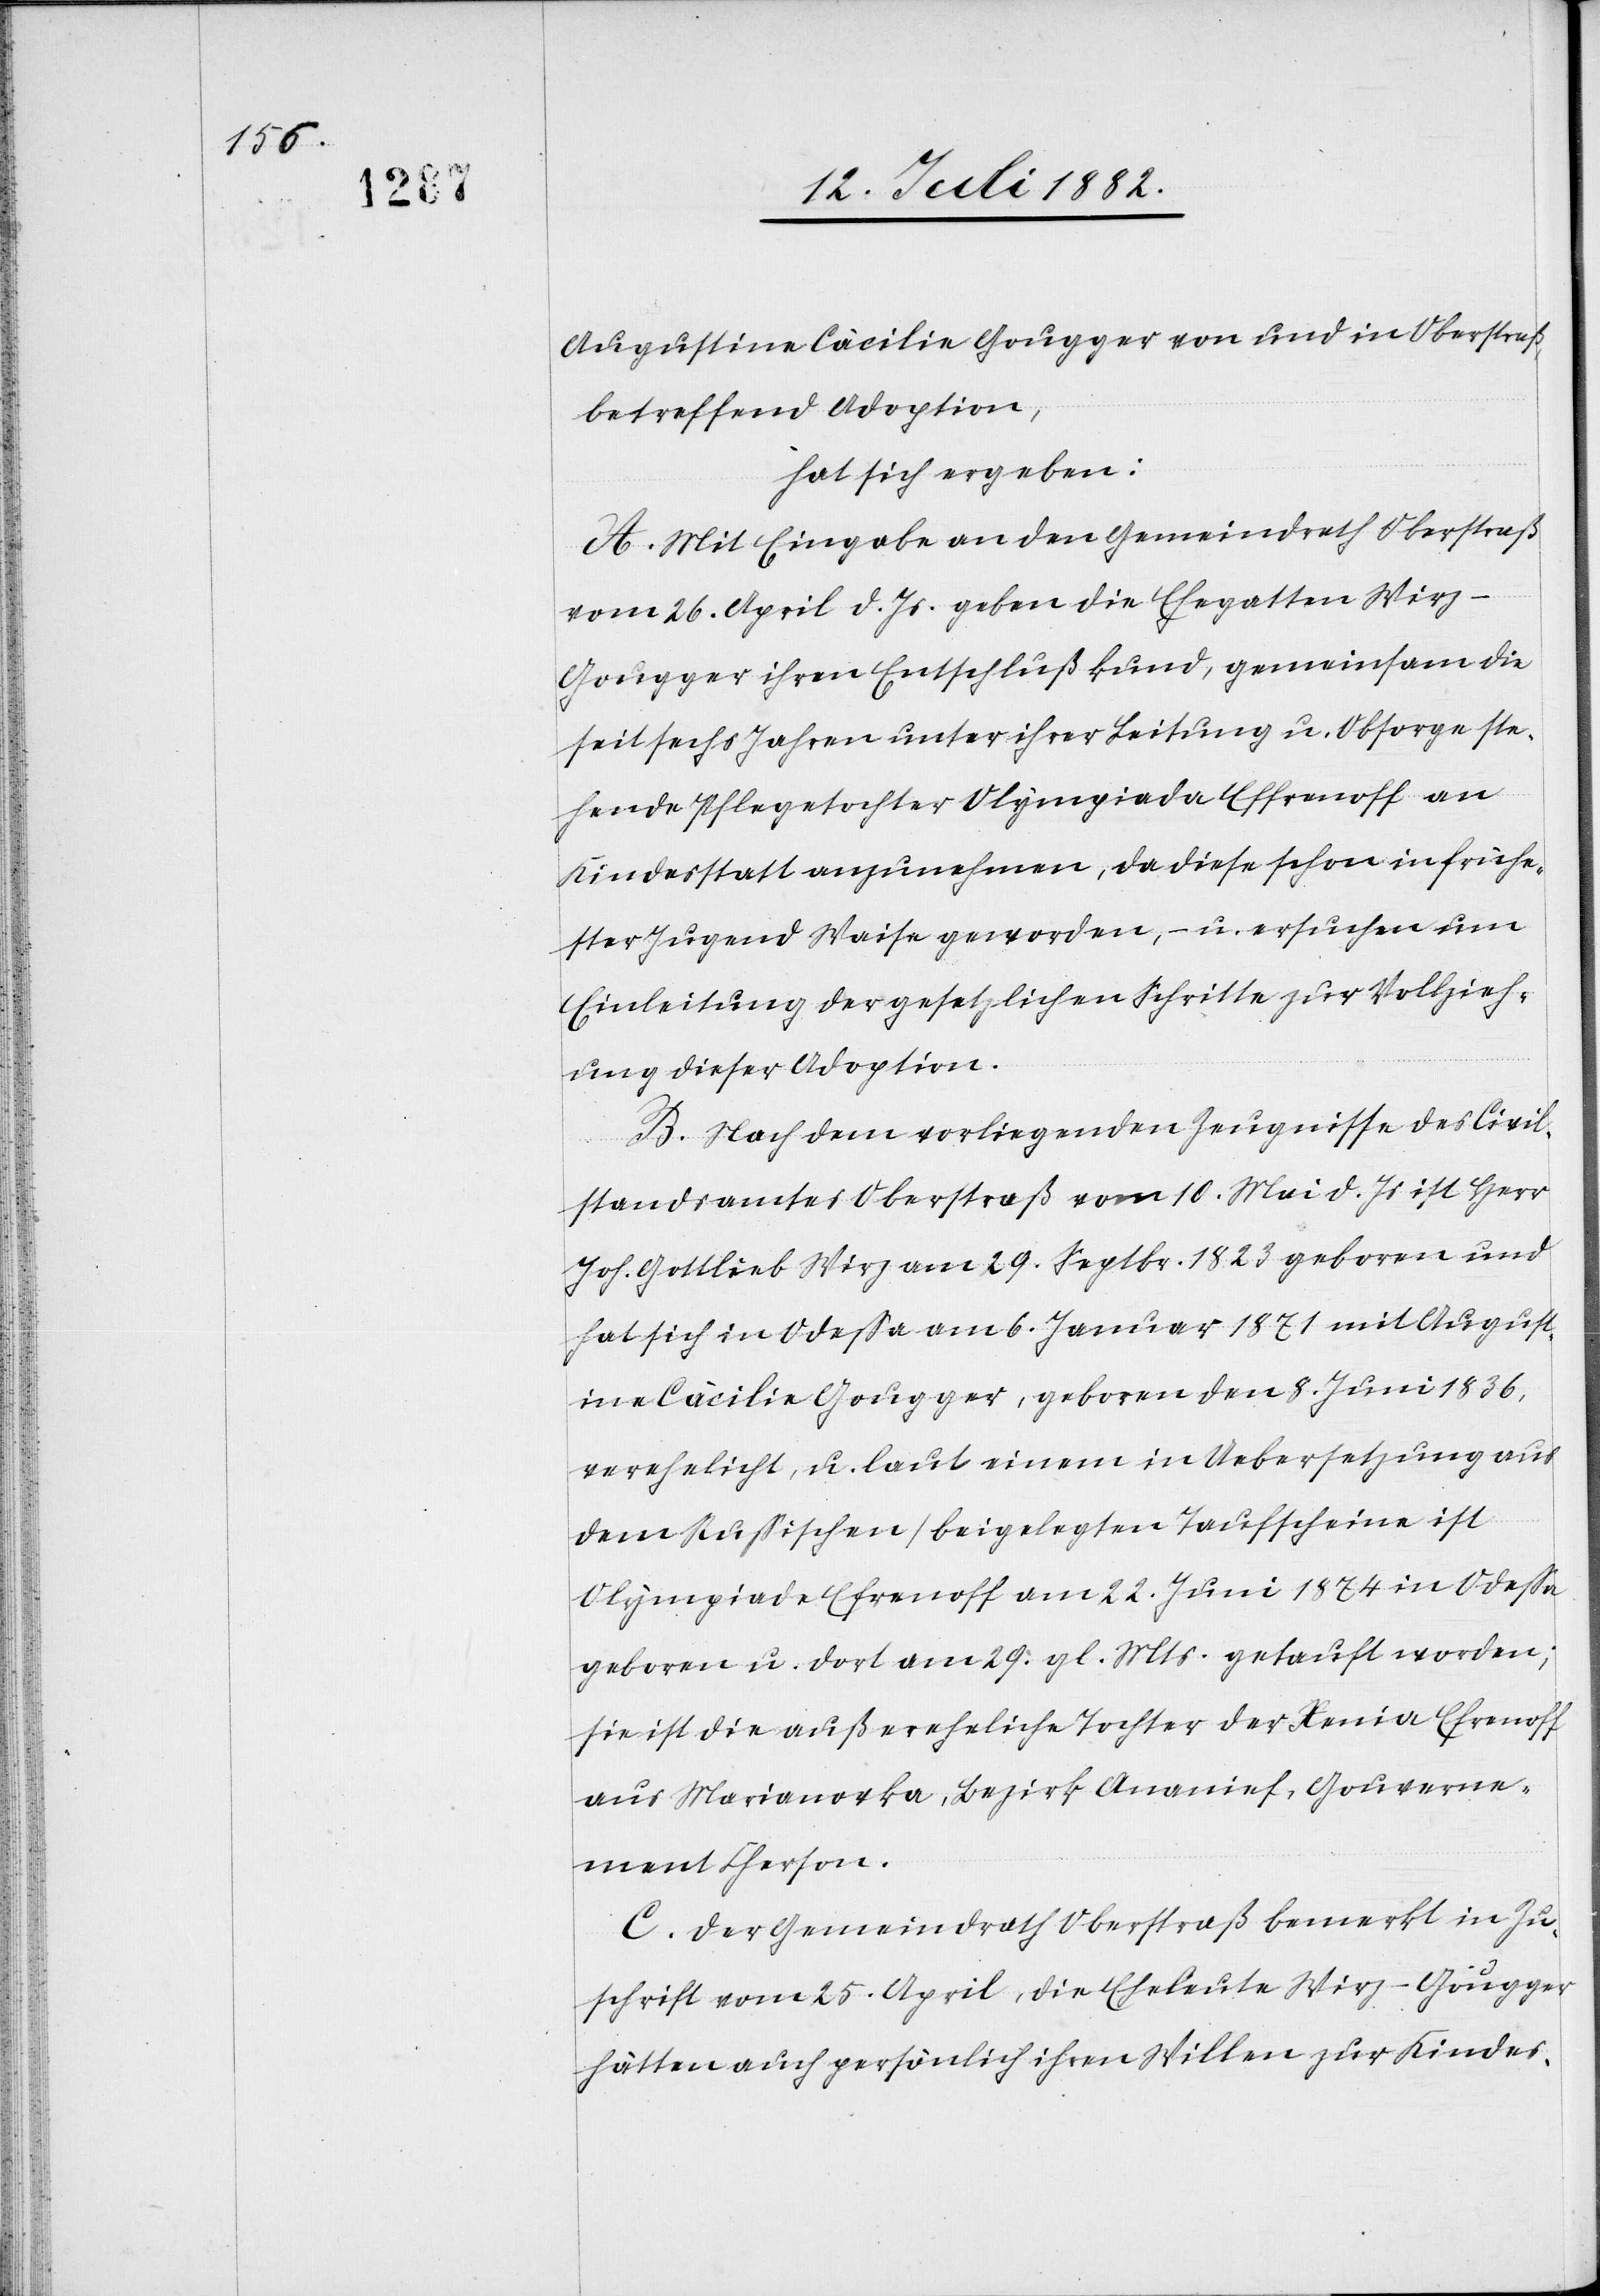
Augustina Cäcilie Gougger von und in Oberstraß,
betreffend Adoption,
hat sich ergeben:
A. Mit Eingabe an den Gemeindrath Oberstraß
vom 26. April d. Js. geben die Ehegatten Wir¬
z-Gougger ihren Entschluß kund, gemeinsam die
seit sechs Jahren unter ihrer Leitung u. Obsorge ste¬
hende Pflegetochter Olympiade Effrenoff an
Kindesstatt anzunehmen, da diese schon in frühe¬
ster Jugend Waise geworden, – u. ersuchen um
Einleitung der gesetzlichen Schritte zur Vollzieh¬
ung dieser Adoption.
B. Nach dem vorliegenden Zeugnisse des Civil¬
standsamtes Oberstraß vom 10. Mai d. Js. ist Herr
Joh. Gottlieb Wirz am 29. Septbr. 1823 geboren und
hat sich in Odessa am 6. Januar 1871 mit August¬
ine Cäcilie Gougger, geboren den 8. Juni 1836,
verehelicht, u. laut einem in Uebersetzung aus
dem Russischen beigelegten Taufscheine ist
Olympiade Efrenoff [sic!] am 22. Juni 1874 in Odessa
geboren u. dort am 29. gl. Mts. getauft worden;
sie ist die außereheliche Tochter der Xenia Efrenoff
aus Marianovka, Bezirk Onanief, Gouverne¬
ment Cherson.
C. Der Gemeindrath Oberstraß bemerkt in Zu¬
schrift vom 25. April, die Eheleute Wirz-Gougger
hätten auch persönlich ihren Willen zur Kindes-